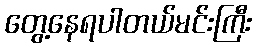
တွေ့နေရပါတယ်မင်းကြီး